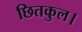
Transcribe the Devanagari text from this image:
छितकुल।